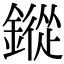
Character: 鏦